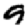
Digit: 9